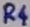
Text: R4